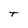
Character: T